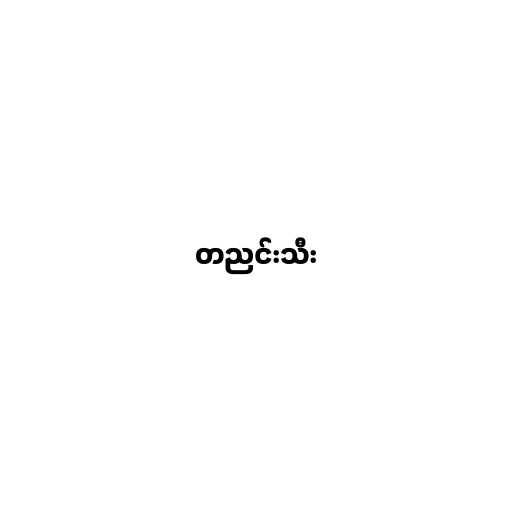
တညင်းသီး